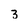
Character: 3